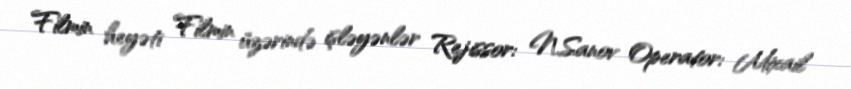
Filmin heyəti Filmin üzərində işləyənlər Rejissor: N.Sanov Operator: Mixail